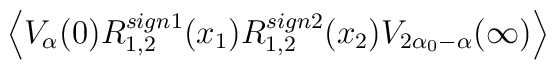
\left\langle V_\alpha(0)R_{1,2}^{sign1}(x_1)R_{1,2}^{sign2}(x_2)V_{2\alpha _0-\alpha }(\infty )\right\rangle